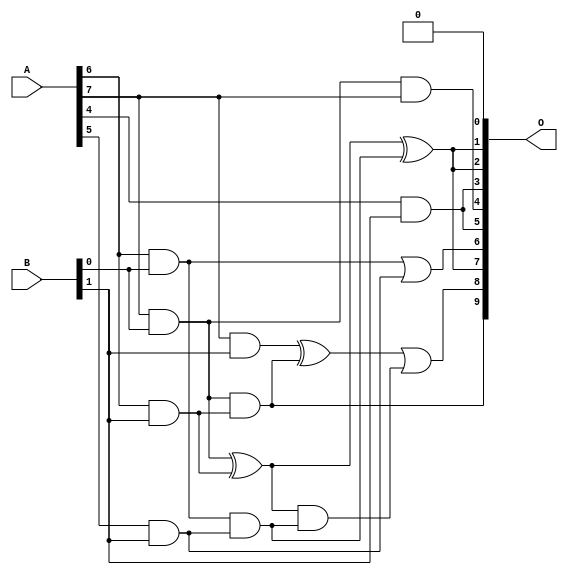
/***
* This code is a part of EvoApproxLib library (ehw.fit.vutbr.cz/approxlib) distributed under The MIT License.
* When used, please cite the following article(s): V. Mrazek, L. Sekanina, Z. Vasicek "Libraries of Approximate Circuits: Automated Design and Application in CNN Accelerators" IEEE Journal on Emerging and Selected Topics in Circuits and Systems, Vol 10, No 4, 2020 
* This file contains a circuit from a sub-set of pareto optimal circuits with respect to the pwr and mae parameters
***/
// MAE% = 1.50 %
// MAE = 15 
// WCE% = 8.30 %
// WCE = 85 
// WCRE% = 100.00 %
// EP% = 72.75 %
// MRE% = 21.82 %
// MSE = 528 
// PDK45_PWR = 0.0075 mW
// PDK45_AREA = 38.5 um2
// PDK45_DELAY = 0.25 ns

module mul8x2u_16M (
    A,
    B,
    O
);

input [7:0] A;
input [1:0] B;
output [9:0] O;

wire sig_16,sig_17,sig_21,sig_23,sig_24,sig_25,sig_26,sig_36,sig_37,sig_38,sig_39,sig_50,sig_51,sig_52,sig_64;

assign sig_16 = A[6] & B[0];
assign sig_17 = A[7] & B[0];
assign sig_21 = A[4] & B[1];
assign sig_23 = A[5] & B[1];
assign sig_24 = A[6] & B[1];
assign sig_25 = A[7] & B[1];
assign sig_26 = sig_17 & A[7];
assign sig_36 = sig_16 | sig_23;
assign sig_37 = sig_16 & sig_23;
assign sig_38 = sig_17 ^ sig_24;
assign sig_39 = sig_17 & sig_24;
assign sig_50 = sig_38 ^ sig_37;
assign sig_51 = sig_38 & sig_37;
assign sig_52 = sig_25 ^ sig_39;
assign sig_64 = sig_52 | sig_51;

assign O[9] = sig_39;
assign O[8] = sig_64;
assign O[7] = sig_50;
assign O[6] = sig_36;
assign O[5] = sig_21;
assign O[4] = sig_26;
assign O[3] = sig_21;
assign O[2] = sig_50;
assign O[1] = sig_50;
assign O[0] = 1'b0;

endmodule